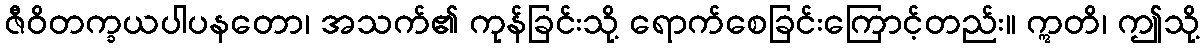
ဇီဝိတက္ခယပါပနတော၊ အသက်၏ ကုန်ခြင်းသို့ ရောက်စေခြင်းကြောင့်တည်း။ ဣတိ၊ ဤသို့